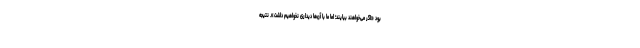
بود «اگر می‌خواهند بیایند؛ اما ما با آن‌ها دیداری نخواهیم داشت». نتیجه